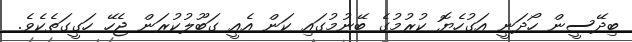
ބިދޭސީން ހޯދަނީ އަގުހެޔޮ ކުރުމުގެ ބޭނުމުގައި ކަން އެއީ ގަބޫލުކުރަން ޖެހޭ ހަގީގަތެކެވެ.